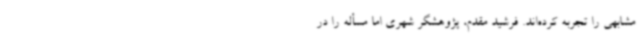
مشابهی را تجربه کرده‌اند. فرشید مقدم، پژوهشگر شهری اما مسأله را در